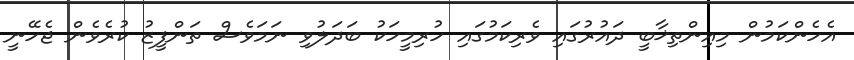
އެހެންކަމުން މިއިންތިޚާބީ ދައުރުގައި ވެރިކަމުގައި ހުރިމީހަކު ބަދަލުވި ނަމަވެސް ތަންފީޒު ކުރެވެން ޖެހޭނީ